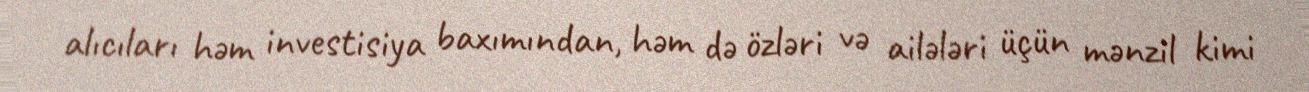
alıcıları həm investisiya baxımından, həm də özləri və ailələri üçün mənzil kimi